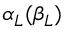
\alpha _ { L } ( \beta _ { L } )